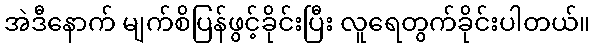
အဲဒီနောက် မျက်စိပြန်ဖွင့်ခိုင်းပြီး လူရေတွက်ခိုင်းပါတယ်။